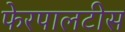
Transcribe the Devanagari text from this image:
फेरपालटीस